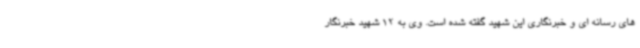
های رسانه ای و خبرنگاری این شهید گفته شده است. وی به 12 شهید خبرنگار